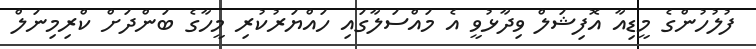
ފުލުހުންގެ މީޑިއާ އޮފިޝަލް ވިދާޅުވީ އެ މައްސަލާގައި ހައްޔަރުކުރި މީހާގެ ބަންދަށް ކްރިމިނަލް